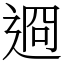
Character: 䢛